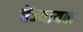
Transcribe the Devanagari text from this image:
बेंज्यायल